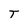
Character: T